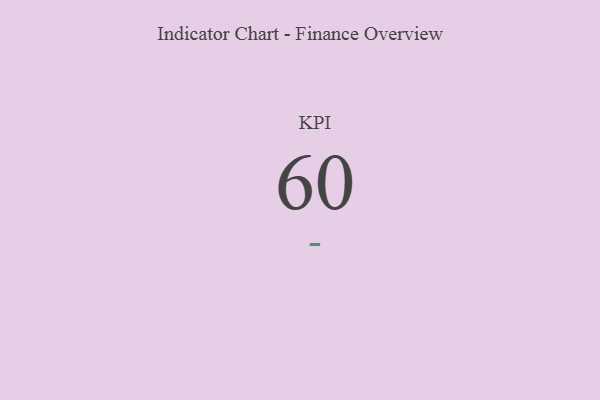
{"axis": {"x": "KPI", "y": "Value"}, "legend": [""], "data": [{"x": "KPI", "y": 60, "type": ""}]}